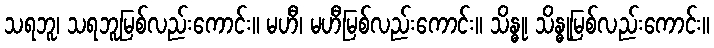
သရဘူ၊ သရဘူမြစ်လည်းကောင်း။ မဟီ၊ မဟီမြစ်လည်းကောင်း။ သိန္ဓု၊ သိန္ဓုမြစ်လည်းကောင်း။